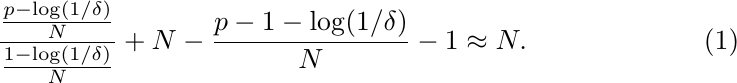
\begin{equation}
\frac{\frac{p-\log(1/\delta)}{N}}{\frac{1-\log(1/\delta)}{N}}+N-\frac{p-1-\log(1/\delta)}{N}-1 \approx N.
\end{equation}